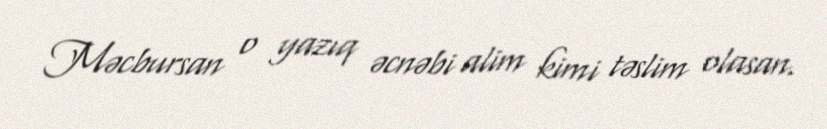
Məcbursan o yazıq əcnəbi alim kimi təslim olasan.